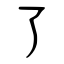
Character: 了